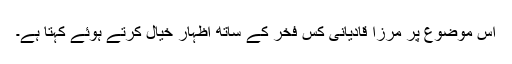
اس موضوع پر مرزا قادیانی کس فخر کے ساتھ اظہار خیال کرتے ہوئے کہتا ہے۔